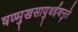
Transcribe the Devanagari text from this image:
षण्मुखसायुधईशनुते